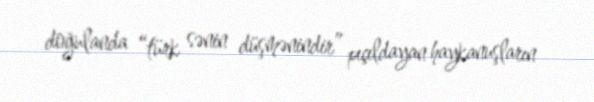
doğulanda “türk sənin düşmənindir” pıçıldayan haykanuşların